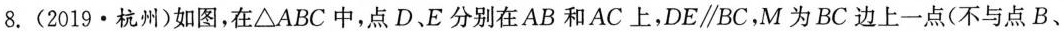
8.(2019 · 杭州)如图，在△ABC中，点D、E分别在AB和AC上，DE\parallel BC，M为BC边上一点(不与点B、